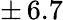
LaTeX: \pm\, 6.7